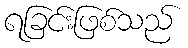
ရခြင်းဖြစ်သည်